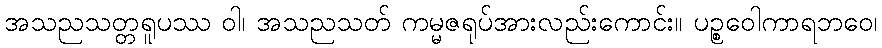
အသညသတ္တရူပဿ ဝါ၊ အသညသတ် ကမ္မဇရုပ်အားလည်းကောင်း။ ပဉ္စဝေါကာရဘဝေ၊